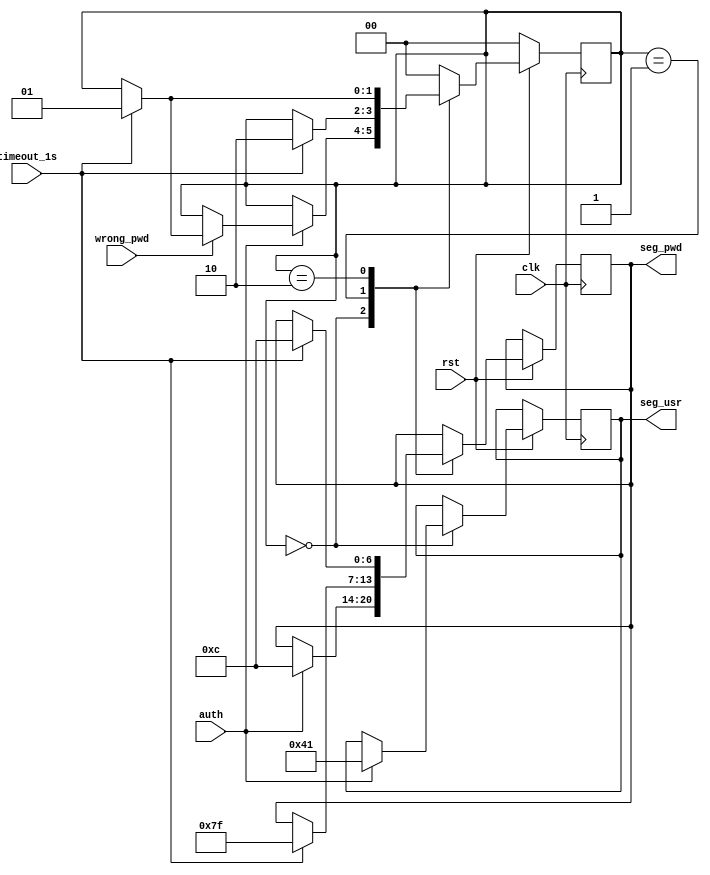
// ECE 6370
// 0-F seven segment display module

`timescale 1ns/1ns

module uid_pwd_sevenseg(clk, rst, auth, timeout_1s, wrong_pwd,seg_usr,seg_pwd);
	
	input clk, rst;
	input wrong_pwd;
	input timeout_1s;
	input auth;
	
	output [6:0] seg_usr, seg_pwd;
	reg [6:0] seg_usr, seg_pwd;
	
	parameter INIT=0;
	parameter BLINK1=1;
	parameter BLINK2=2;
		
	reg [1:0] state;
	
	always@(posedge clk)
		begin
			if(rst==1'b0)
				begin
					state<=INIT;
				end
			else
				begin
					case(state)
						INIT:
							begin
								if(auth==1'b1)
									begin
										seg_pwd=7'b0001100;
										seg_usr=7'b1000001;	
										if(wrong_pwd==1'b1)
											begin
												if(timeout_1s==1'b1)
													begin
														state<=BLINK1;
													end
											end
									end
							end
							
						BLINK1:
							begin
								if(timeout_1s==1'b1)
									begin
										seg_pwd=7'b1111111;
										state<=BLINK2;
									end
							end
						
						BLINK2:
							begin
								if(timeout_1s==1'b1)
									begin
										seg_pwd=7'b0001100;
										state<=BLINK1;
									end
							end
						
						default
							begin
								state<=INIT;
							end
					endcase
							
				end
		end

endmodule